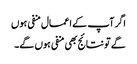
اگر آپ کے اعمال منفی ہوں
گے تو نتائج بھی منفی ہوں گے۔